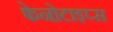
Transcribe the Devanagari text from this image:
फेनोटाइप्स